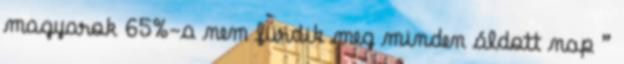
magyarok 65%-a nem fürdik meg minden áldott nap ”